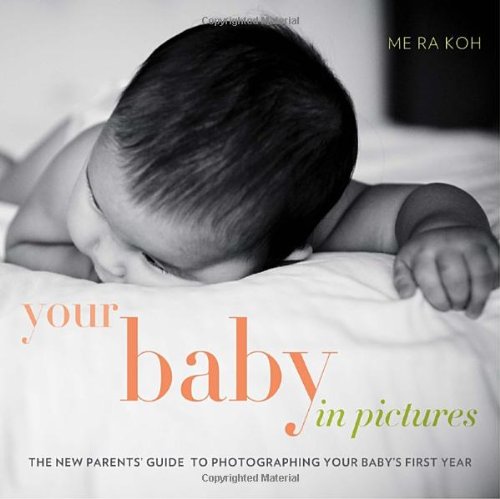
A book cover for Your Baby in Pictures: The New Parents' Guide to Photographing Your Baby's First Year; Me Ra Koh; Arts & Photography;